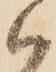
御